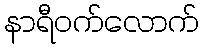
နာရီဝက်လောက်